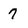
Character: 7